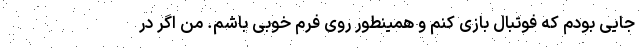
جایی بودم که فوتبال بازی کنم و همینطور روی فرم خوبی باشم. من اگر در